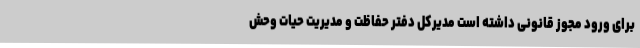
برای ورود مجوز قانونی داشته است مدیرکل دفتر حفاظت و مدیریت حیات وحش